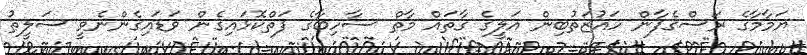
ޔަމާމާގެ ރަސްގެފާން ހައުޒަތުބިން އަލީގެ ގާތައް މާތް ސާހިބާގެ ފަތްކޮޅައިގެން ވަޑައިގެންނެވީ ސަލީޠު